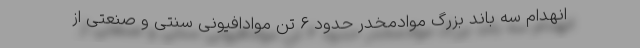
انهدام سه باند بزرگ موادمخدر حدود ۶ تن موادافیونی سنتی و صنعتی از